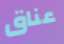
عناق